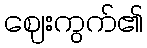
ဈေးကွက်၏